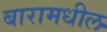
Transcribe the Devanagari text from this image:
बारामधील